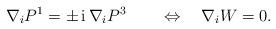
LaTeX: \begin{align*}\nabla_i P^1 = \pm \, {\rm i}\, \nabla_i P^3 \qquad \Leftrightarrow \quad \nabla_i W = 0.\end{align*}